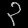
Digit: ၃